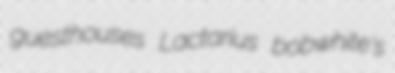
guesthouses Lactarius bobwhite's